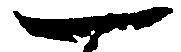
一